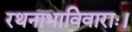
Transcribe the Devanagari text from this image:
रथनाभाविवाराः।